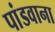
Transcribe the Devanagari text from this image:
पांडवाना